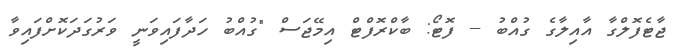
ޖާޓެފޮލްގާ އާއިލާގެ ގުއްބު -- ފޮޓޯ: ބާކްރޮފްޓް އިމޭޖަސް "ގުއްބު ހަދާފައިވަނީ ވަރުގަދަކޮށްފައިވާ